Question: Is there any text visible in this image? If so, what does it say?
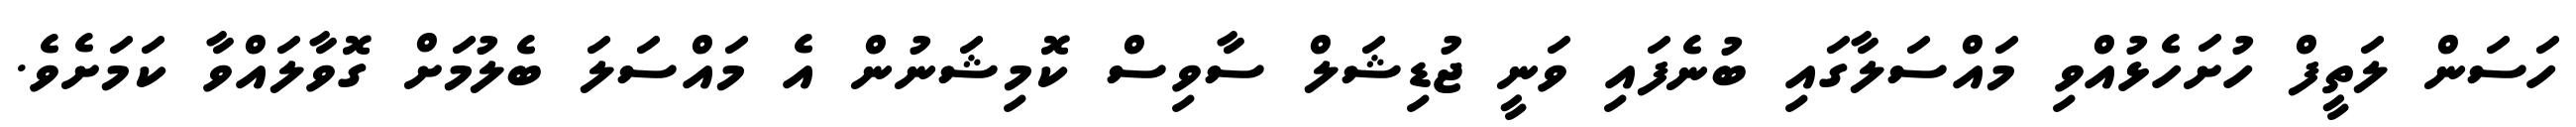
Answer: ހަސަން ލަތީފް ހުށަހެޅުއްވި މައްސަލާގައި ބުނެފައި ވަނީ ޖުޑިޝަލް ސާވިސް ކޮމިޝަނުން އެ މައްސަލަ ބެލުމަށް ގޮވާލައްވާ ކަމަށެވެ.